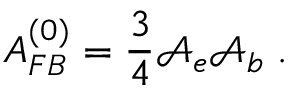
A _ { F B } ^ { ( 0 ) } = \frac 3 4 \mathcal { A } _ { e } \mathcal { A } _ { b } \; .